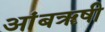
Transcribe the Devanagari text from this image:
आंबॠषी